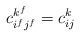
\begin{align*}c_{i^f j^f}^{k^f}=c_{ij}^{k}\end{align*}